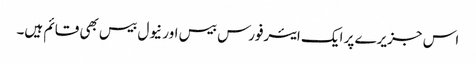
اس جزیرے پر ایک ایئرفورس بیس اور نیول بیس بھی قائم ہیں۔